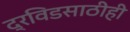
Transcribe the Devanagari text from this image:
द्रविडसाठीही